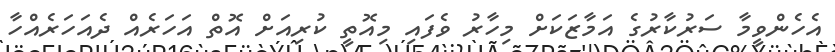
އެހެންވީމާ ސަރުކާރުގެ އަމާޒަކަށް މިހާރު ވެފައި މިއޮތީ ކުރިއަށް އޮތް އަހަރެއް ދެއަހަރެއްހާ